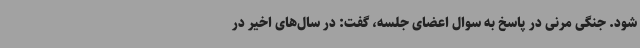
شود. جنگی مرنی در پاسخ به سوال اعضای جلسه، گفت: در سال‌های اخیر در